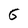
Character: 6